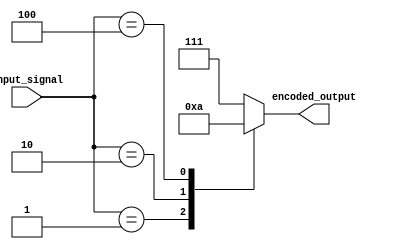
module encoder (
    input [7:0] input_signal,
    output reg [2:0] encoded_output
);

always @ (*)
begin
    case(input_signal)
        8'b0000_0001: encoded_output = 3'b000;
        8'b0000_0010: encoded_output = 3'b001;
        8'b0000_0100: encoded_output = 3'b010;
        // add more encoding scheme here
        default: encoded_output = 3'b111; // default encoding
    endcase
end

endmodule